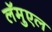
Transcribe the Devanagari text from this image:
लॅमुएल